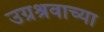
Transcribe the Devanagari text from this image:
उग्रश्रवाच्या